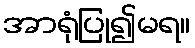
အာရုံပြု၍မရ။